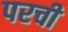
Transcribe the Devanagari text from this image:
परची